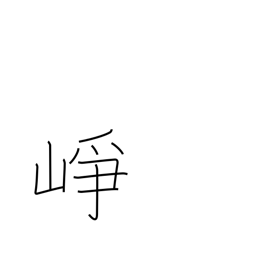
Meaning: high